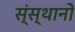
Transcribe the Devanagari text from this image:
स्ंस्थानों